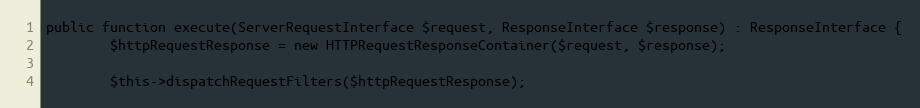
Language: PHP
public function execute(ServerRequestInterface $request, ResponseInterface $response) : ResponseInterface {
		$httpRequestResponse = new HTTPRequestResponseContainer($request, $response);

		$this->dispatchRequestFilters($httpRequestResponse);